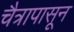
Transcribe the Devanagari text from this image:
चैत्रापासून